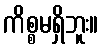
ကိစ္စမရှိဘူး။